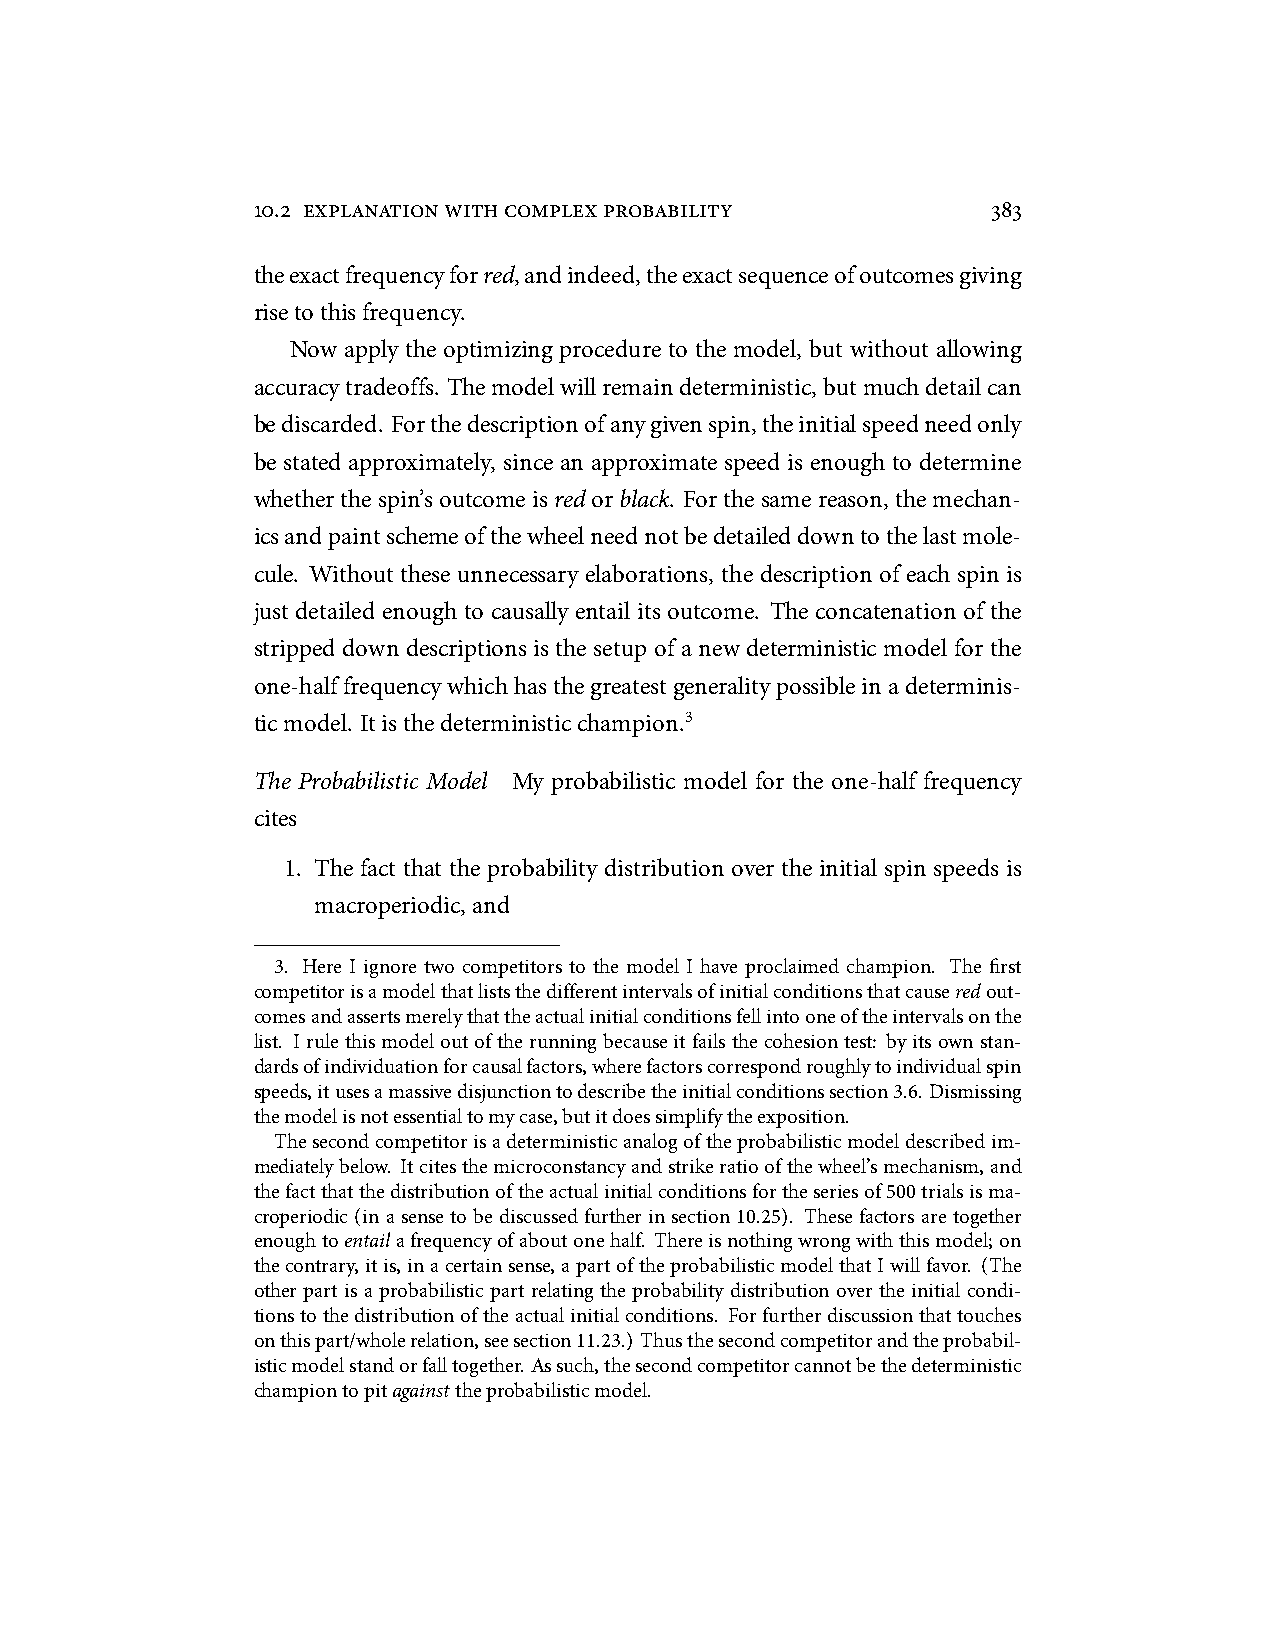
10.2 explanationwithcomplexprobability           383
 theexactfrequencyforred,andindeed,theexactsequenceofoutcomesgiving
 risetothisfrequency.
 Now apply the optimizing procedure to the model, but without allowing
 accuracytradeoffs. Themodelwillremaindeterministic,butmuchdetailcan
 bediscarded. Forthedescriptionofanygivenspin,theinitialspeedneedonly
 be stated approximately, since an approximate speed is enough to determine
 whetherthespin’soutcomeisred orblack. Forthesamereason,themechan-
 icsandpaintschemeofthewheelneednotbedetaileddowntothelastmole-
 cule. Without these unnecessary elaborations, the description of each spin is
 just detailed enough to causally entail its outcome. The concatenation of the
 stripped down descriptions is the setup of a new deterministic model for the
 one-halffrequencywhichhasthegreatestgeneralitypossibleinadeterminis-
 ticmodel. Itisthedeterministicchampion.3
 The Probabilistic Model My probabilistic model for the one-half frequency
 cites
 1. The fact that the probability distribution over the initial spin speeds is
 macroperiodic,and
 3. Here I ignore two competitors to the model I have proclaimed champion. The first
 competitorisamodelthatliststhedifferentintervalsofinitialconditionsthatcauseredout-
 comesandassertsmerelythattheactualinitialconditionsfellintooneoftheintervalsonthe
 list. Irulethismodeloutoftherunningbecauseitfailsthecohesiontest: byitsownstan-
 dardsofindividuationforcausalfactors,wherefactorscorrespondroughlytoindividualspin
 speeds,itusesamassivedisjunctiontodescribetheinitialconditionssection3.6. Dismissing
 themodelisnotessentialtomycase,butitdoessimplifytheexposition.
 Thesecondcompetitorisadeterministicanalogoftheprobabilisticmodeldescribedim-
 mediatelybelow. Itcitesthemicroconstancyandstrikeratioofthewheel’smechanism,and
 thefactthatthedistributionoftheactualinitialconditionsfortheseriesof500trialsisma-
 croperiodic(inasensetobediscussedfurtherinsection10.25). Thesefactorsaretogether
 enoughtoentailafrequencyofaboutonehalf. Thereisnothingwrongwiththismodel;on
 thecontrary,itis,inacertainsense,apartoftheprobabilisticmodelthatIwillfavor. (The
 other part is a probabilistic part relating the probability distribution over the initial condi-
 tionstothedistributionoftheactualinitialconditions. Forfurtherdiscussionthattouches
 onthispart/wholerelation,seesection11.23.)Thusthesecondcompetitorandtheprobabil-
 isticmodelstandorfalltogether.Assuch,thesecondcompetitorcannotbethedeterministic
 championtopitagainsttheprobabilisticmodel.